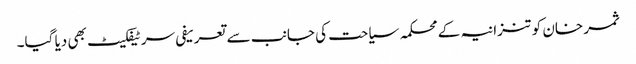
ثمر خان کو تنزانیہ کے محکمہ سیاحت کی جانب سے تعریفی سرٹیفکیٹ بھی دیا گیا۔